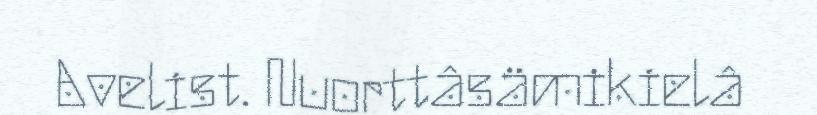
Avelist. Nuorttâsämikielâ